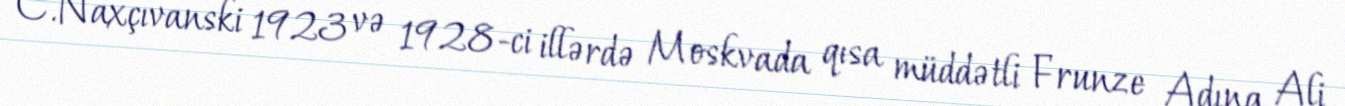
C.Naxçıvanski 1923 və 1928-ci illərdə Moskvada qısa müddətli Frunze Adına Ali